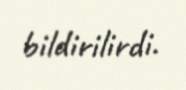
bildirilirdi.